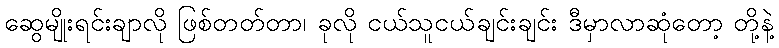
ဆွေမျိုးရင်းချာလို ဖြစ်တတ်တာ၊ ခုလို ငယ်သူငယ်ချင်းချင်း ဒီမှာလာဆုံတော့ တို့နဲ့